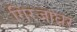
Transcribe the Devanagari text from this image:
गिरजाघ्रर